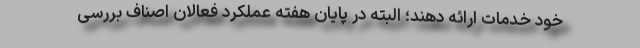
خود خدمات ارائه دهند؛ البته در پایان هفته عملکرد فعالان اصناف بررسی